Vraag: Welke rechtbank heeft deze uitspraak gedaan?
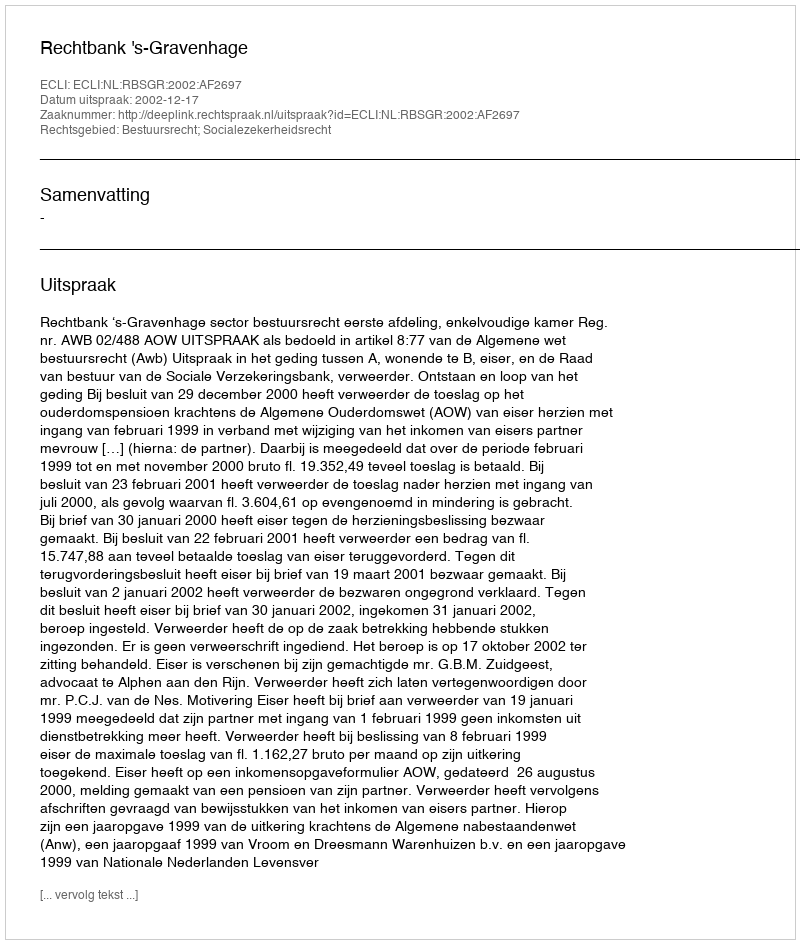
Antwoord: Rechtbank 's-Gravenhage